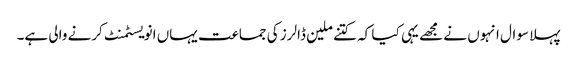
پہلا سوال انہوں نے مجھے یہی کیا کہ کتنے ملین ڈالرز کی جماعت یہاں انویسٹمنٹ کرنے والی ہے۔